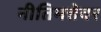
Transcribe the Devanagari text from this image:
नीतिमत्तेवर